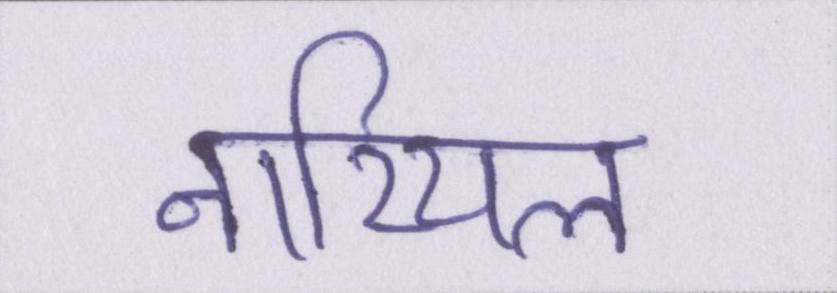
नारियल